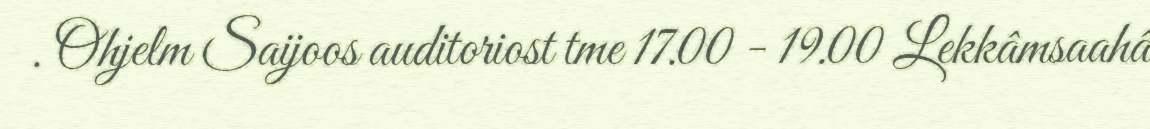
. Ohjelm Saijoos auditoriost tme 17.00 - 19.00 Lekkâmsaahâ